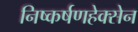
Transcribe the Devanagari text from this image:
निष्कर्षणहेक्सेन